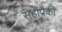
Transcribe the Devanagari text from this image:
सहांपैकी